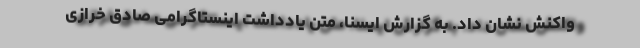
واکنش نشان داد. به گزارش ایسنا، متن یادداشت اینستاگرامی صادق خرازی